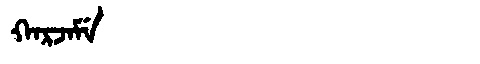
Manchu: ᡴᠠᡵᠵᠠᠮᡝ
Romanization: KARJAME